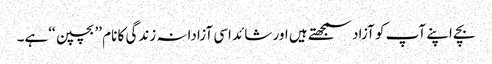
بچے اپنے آپ کو آزاد سمجھتے ہیں اور شائد اسی آزادانہ زندگی کا نام ’’بچپن ‘‘ہے۔